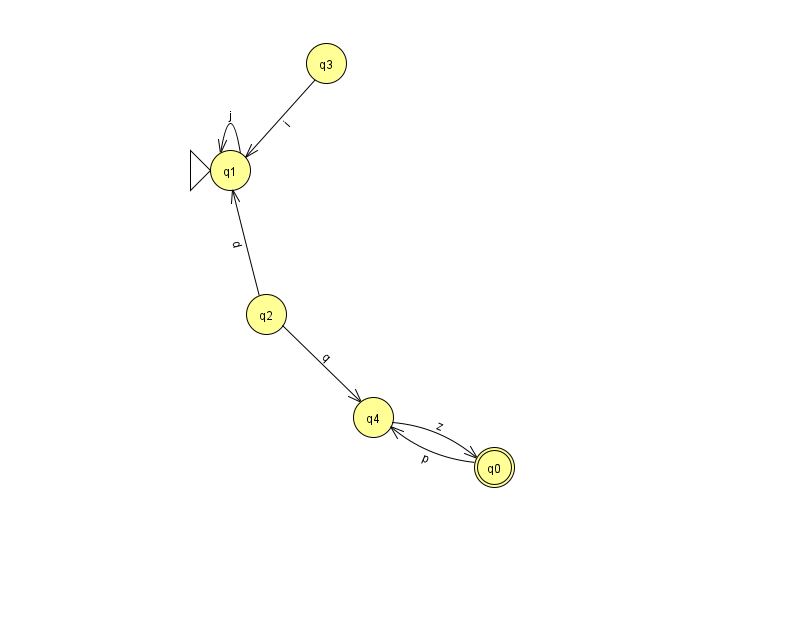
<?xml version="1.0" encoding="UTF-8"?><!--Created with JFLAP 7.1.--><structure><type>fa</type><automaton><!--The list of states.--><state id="0" name="q0"><x>494.0</x><y>454.0</y><final/></state><state id="1" name="q1"><x>230.0</x><y>157.0</y><initial/></state><state id="2" name="q2"><x>266.0</x><y>301.0</y></state><state id="3" name="q3"><x>326.0</x><y>50.0</y></state><state id="4" name="q4"><x>373.0</x><y>404.0</y></state><!--The list of transitions.--><transition><from>2</from><to>4</to><read>q</read></transition><transition><from>0</from><to>4</to><read>p</read></transition><transition><from>1</from><to>1</to><read>j</read></transition><transition><from>2</from><to>1</to><read>d</read></transition><transition><from>3</from><to>1</to><read>i</read></transition><transition><from>4</from><to>0</to><read>z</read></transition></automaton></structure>